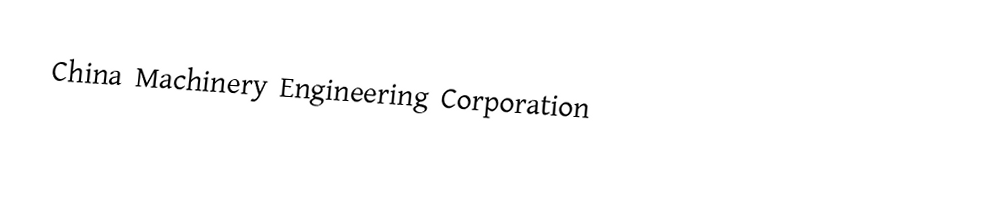
China Machinery Engineering Corporation